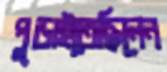
পুড়াইতেছিলেন